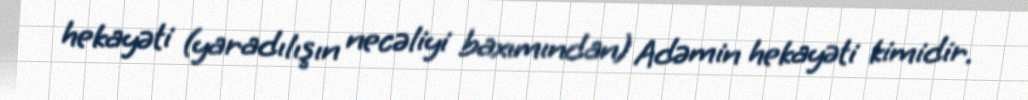
hekayəti (yaradılışın necəliyi baxımından) Adəmin hekayəti kimidir.